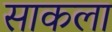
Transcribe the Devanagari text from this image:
साकला